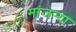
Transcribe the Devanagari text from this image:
मांजर्‍या